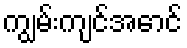
ကျွမ်းကျင်အောင်